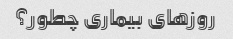
روزهای بیماری چطور؟